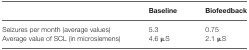
<table><thead><tr><td></td><td><b>Baseline</b></td><td><b>Biofeedback</b></td></tr></thead><tbody><tr><td>Seizures per month (average values)</td><td>5.3</td><td>0.75</td></tr><tr><td>Average value of SCL (in microsiemens)</td><td>4.6 μS</td><td>2.1 μS</td></tr></tbody></table>